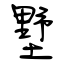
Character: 墅